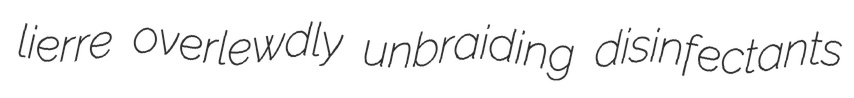
lierre overlewdly unbraiding disinfectants